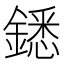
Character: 鏭